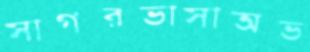
সাগরভাসাঅভ